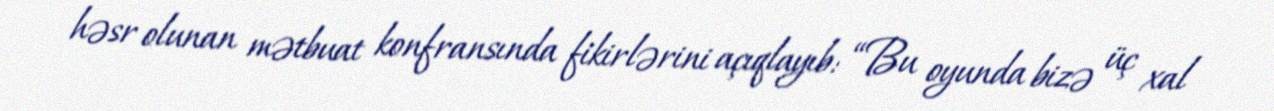
həsr olunan mətbuat konfransında fikirlərini açıqlayıb: “Bu oyunda bizə üç xal